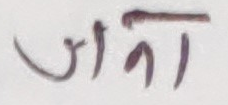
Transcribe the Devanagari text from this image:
जाजा